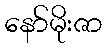
နော်မိုးဇာ